Vaccination in Bombay 1856-1862 - 1856-1862
Year: 1856
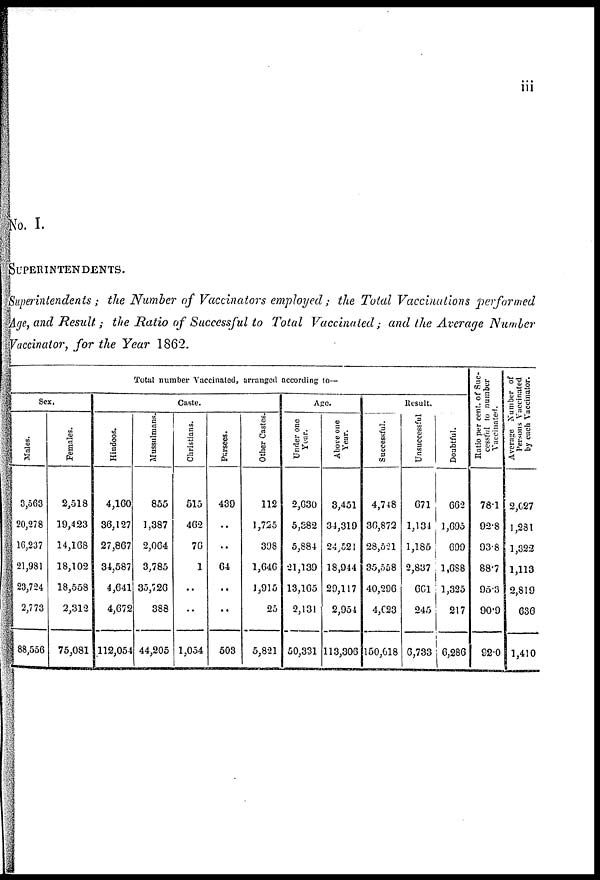
iii
No. I.
SUPERINTENDENTS.
Superintendents ; the Number of Vaccinators employed; the Total Vaccinations performed
Age, and Result ; the Ratio of Successful to Total Vaccinated; and the Average Number
Vaccinator, for the Year 1862.
Total number Vaccinated, arranged according to—
Sex.
Males.
3,563
20,278
16,237
21,981
23,724
2,773
88,556
Females.
2,518
19,423
14,168
18,102
18,558
2,312
75,081
Caste.
Hindoos.
4,160
36,127
27,867
34,587
4,641
4,672
112,054
Mussulmans.
855
1,387
2,064
3,785
35,726
388
44,205
Christians.
515
462
76
1
..
..
1,054
Parsees.
439
..
..
64
..
..
503
Other Castes.
112
1,725
398
1,646
1,915
25
5,821
Age.
Under one
Year.
2,630
5,382
5,884
21,139
13,165
2,131
50,331
Above one
Year.
3,451
34,319
24,521
18,944
29,117
2,954
113,306
Result.
Successful.
4,748
30,872
28,531
35,558
40,296
4,623
150,618
Unsuccessful
671
1,134
1,185
2,837
661
245
0,733
Doubtful.
662
1,695
699
1,688
1,325
217
6,286
Ratio per cent. of Suc-
cessful to number
Vaccinated.
78.1
92.8
93.8
88.7
95.3
90.9
92.0
Average Number of
Persons Vaccinated
by each Vaccinator.
2,627
1,231
1,322
1,113
2,819
636
1,410